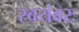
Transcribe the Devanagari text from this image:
स्वयंवरः